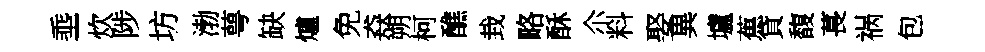
埀炊陟坊渤萼缺爐免猋朔柯醮㘽略酥尒料娶異壚蕉貸馥萇祸包